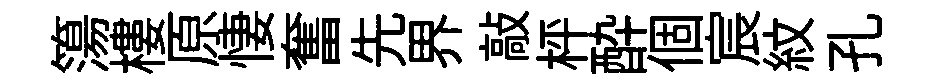
簜樓原悽奮先界敲枰酔個宸紋孔